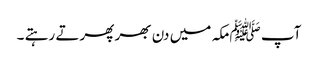
آپ ﷺمکہ میں دن بھر پھرتے رہتے ۔